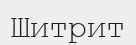
Шитрит